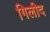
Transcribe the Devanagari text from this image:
गिलीद